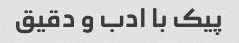
پیک با ادب و دقیق